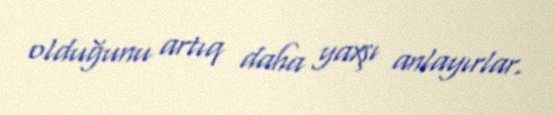
olduğunu artıq daha yaxşı anlayırlar.